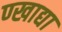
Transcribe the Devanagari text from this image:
ण्खाद्या